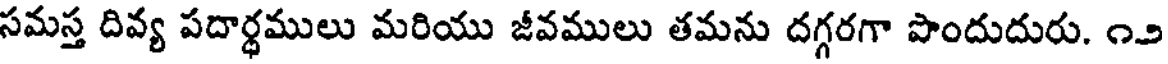
సమస్త దివ్య పదార్థములు మరియు జీవములు తమను దగ్గరగా పొందుదురు. ౧౨